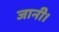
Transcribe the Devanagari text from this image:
जानी।